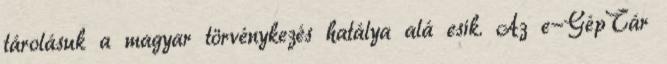
tárolásuk a magyar törvénykezés hatálya alá esik. Az e-GépTár